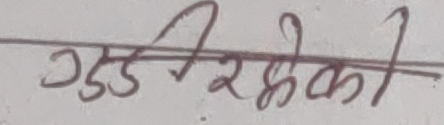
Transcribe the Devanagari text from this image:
गएका